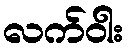
လက်ဝါး